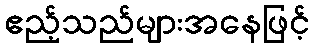
ဧည့်သည်များအနေဖြင့်